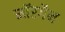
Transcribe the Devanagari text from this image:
मॉरगैन